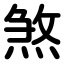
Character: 煞